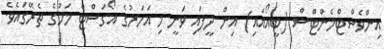
އިންވެސްޓްމެންޓްސް (ބީއޯއައި) އިން ދީފައި ވަނީ މި އަހަރުގެ އޯގަސްޓް މަހުގެ ތެރޭގައެވެ.